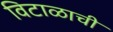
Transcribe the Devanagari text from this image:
विटाळाची